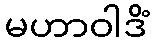
မဟာဝါဒိံ